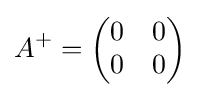
A^{+}={\begin{pmatrix}0&0\\0&0\end{pmatrix}}